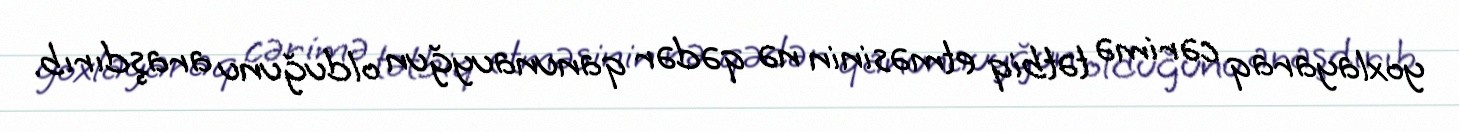
yoxlayaraq cərimə tətbiq etməsinin nə qədər qanunauyğun olduğunu araşdırıb.